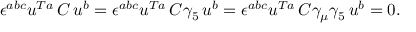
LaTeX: \epsilon ^ { a b c } u ^ { T a } \, C \, u ^ { b } = \epsilon ^ { a b c } u ^ { T a } \, C \gamma _ { 5 } \, u ^ { b } = \epsilon ^ { a b c } u ^ { T a } \, C \gamma _ { \mu } \gamma _ { 5 } \, u ^ { b } = 0 .